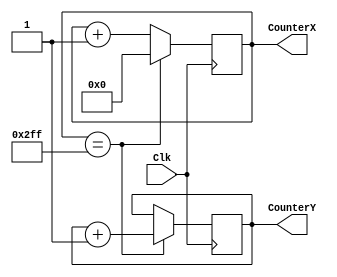
`timescale 1ns / 1ps
//////////////////////////////////////////////////////////////////////////////////
// Company: 
// Engineer: 
// 
// Design Name: 
// Module Name:    VGAOut 
// Project Name: 
// Target Devices: 
// Tool versions: 
// Description: 
//
// Dependencies: 
//
// Revision: 
// Revision 0.01 - File Created
// Additional Comments: 
//
//////////////////////////////////////////////////////////////////////////////////
module counterXY(Clk, CounterX, CounterY);
input Clk;
output [9:0] CounterX; //640	
output [8:0] CounterY;	//480

//////////////////////////////////////////////////
reg [9:0] CounterX;
reg [8:0] CounterY;
wire CounterXmaxed = (CounterX==10'h2FF);

always @(posedge Clk)
if(CounterXmaxed)
	CounterX <= 0;
else
	CounterX <= CounterX + 1;

always @(posedge Clk)
if(CounterXmaxed) CounterY <= CounterY + 1;



endmodule